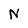
Character: N